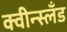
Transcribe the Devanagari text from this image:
क्वीन्स्लँड